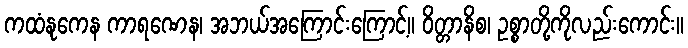
ကထံနုကေန ကာရဏေန၊ အဘယ်အကြောင်းကြောင့်။ ဝိတ္တာနိစ၊ ဥစ္စာတို့ကိုလည်းကောင်း။